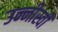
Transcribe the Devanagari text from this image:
उन्नीस्वीं